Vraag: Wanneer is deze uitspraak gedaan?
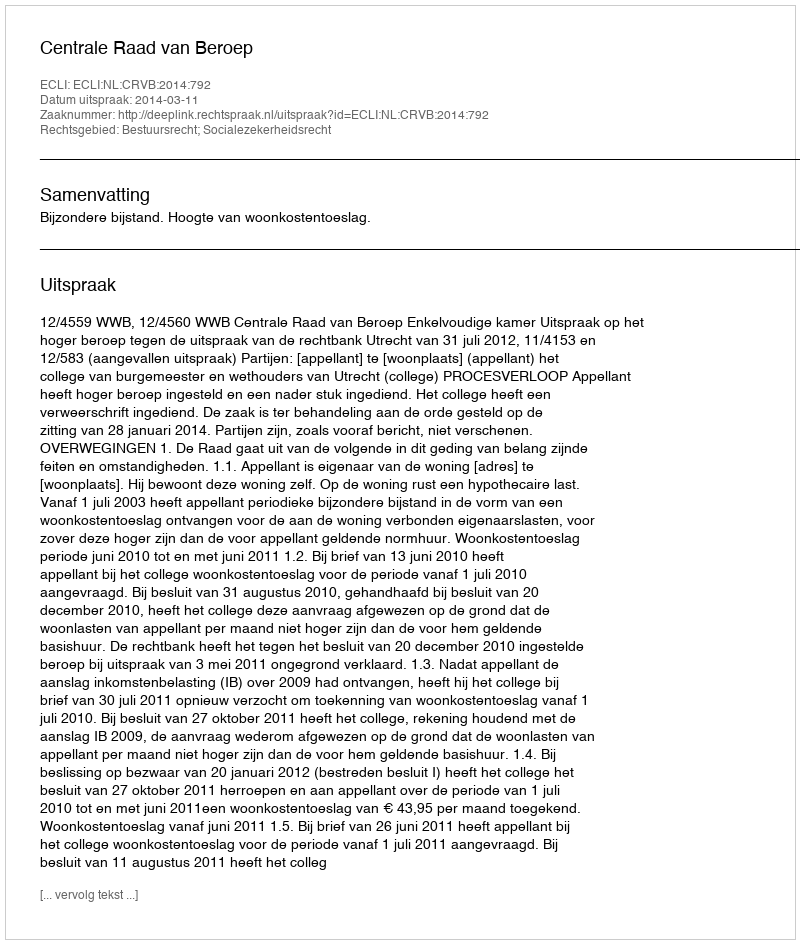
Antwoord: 2014-03-11